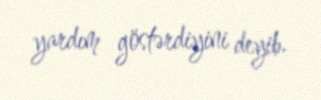
yardım göstərdiyini deyib.